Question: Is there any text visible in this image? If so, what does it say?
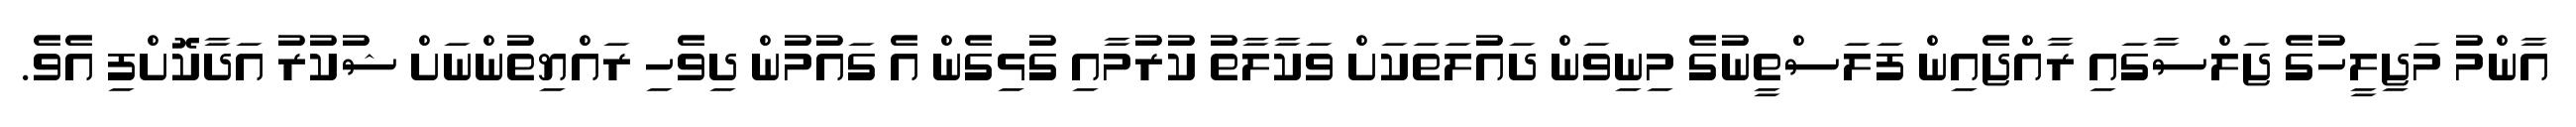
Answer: އާންމު މަޖިލީހުގެ ޖަލްސާގައި ރާއްޖެއިން ފަލަސްތީނުގެ މިނިވަން ދައުލަތަކަށް ވަކާލާތު ކުރުމާއި ގުޅިގެން އެ ގައުމުން ދިވެހި ރައްޔިތުންނަށް ޝުކުރު އަދާކޮށްފި އެވެ.